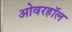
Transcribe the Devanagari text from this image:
ओवरहॉल